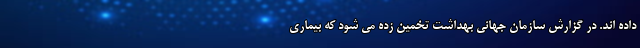
داده اند. در گزارش سازمان جهانی بهداشت تخمین زده می شود که بیماری